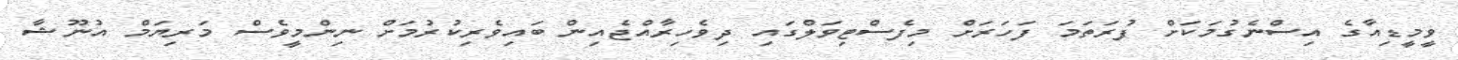
ވީމީޑިއާގެ އިސްނެގުމަކަށް ފުރަތަމަ ފަހަރަށް މިފެސްޓިވަލްގައި ދިވެހިރާއްޖެއިން ބައިވެރިކުރުމަށް ނިންމީވެސް މަރިޔަމް އުނޫޝާ